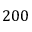
2 0 0